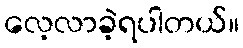
လေ့လာခဲ့ရပါတယ်။